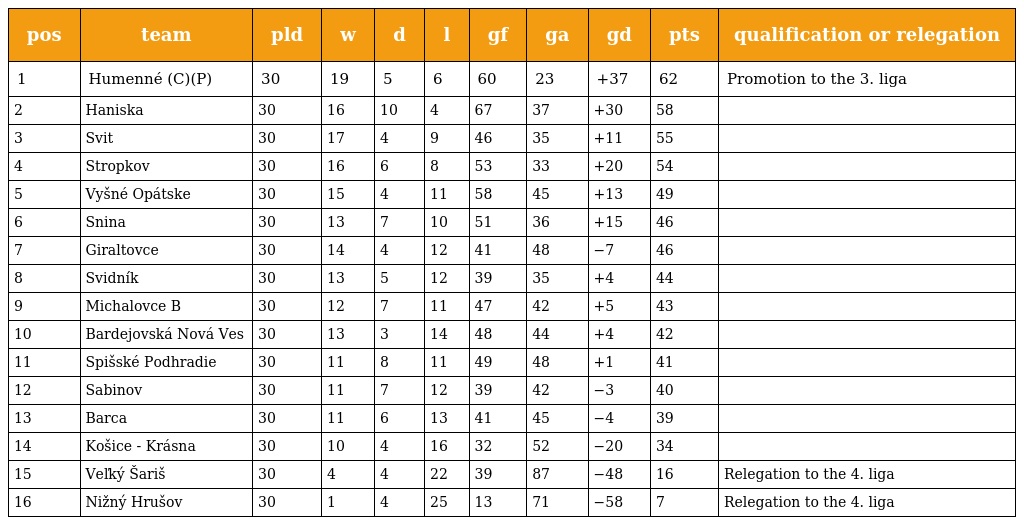
| pos | team | pld | w | d | l | gf | ga | gd | pts | qualification or relegation |
 | --- | --- | --- | --- | --- | --- | --- | --- | --- | --- | --- |
 | 1 | Humenné (C)(P) | 30 | 19 | 5 | 6 | 60 | 23 | +37 | 62 | Promotion to the 3. liga |
 | 2 | Haniska | 30 | 16 | 10 | 4 | 67 | 37 | +30 | 58 |  |
 | 3 | Svit | 30 | 17 | 4 | 9 | 46 | 35 | +11 | 55 |  |
 | 4 | Stropkov | 30 | 16 | 6 | 8 | 53 | 33 | +20 | 54 |  |
 | 5 | Vyšné Opátske | 30 | 15 | 4 | 11 | 58 | 45 | +13 | 49 |  |
 | 6 | Snina | 30 | 13 | 7 | 10 | 51 | 36 | +15 | 46 |  |
 | 7 | Giraltovce | 30 | 14 | 4 | 12 | 41 | 48 | −7 | 46 |  |
 | 8 | Svidník | 30 | 13 | 5 | 12 | 39 | 35 | +4 | 44 |  |
 | 9 | Michalovce B | 30 | 12 | 7 | 11 | 47 | 42 | +5 | 43 |  |
 | 10 | Bardejovská Nová Ves | 30 | 13 | 3 | 14 | 48 | 44 | +4 | 42 |  |
 | 11 | Spišské Podhradie | 30 | 11 | 8 | 11 | 49 | 48 | +1 | 41 |  |
 | 12 | Sabinov | 30 | 11 | 7 | 12 | 39 | 42 | −3 | 40 |  |
 | 13 | Barca | 30 | 11 | 6 | 13 | 41 | 45 | −4 | 39 |  |
 | 14 | Košice - Krásna | 30 | 10 | 4 | 16 | 32 | 52 | −20 | 34 |  |
 | 15 | Veľký Šariš | 30 | 4 | 4 | 22 | 39 | 87 | −48 | 16 | Relegation to the 4. liga |
 | 16 | Nižný Hrušov | 30 | 1 | 4 | 25 | 13 | 71 | −58 | 7 | Relegation to the 4. liga |